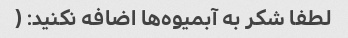
لطفا شکر به آبمیوه‌ها اضافه نکنید: (